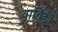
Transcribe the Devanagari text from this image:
वार्तिको